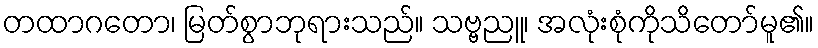
တထာဂတော၊ မြတ်စွာဘုရားသည်။ သဗ္ဗညူ၊ အလုံးစုံကိုသိတော်မူ၏။